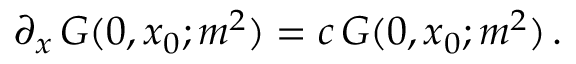
\partial _ { x } \, G ( 0 , x _ { 0 } ; m ^ { 2 } ) = c \, G ( 0 , x _ { 0 } ; m ^ { 2 } ) \, .